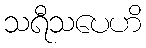
သရီသပေဟိ